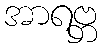
အာရဗ္ဘ